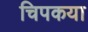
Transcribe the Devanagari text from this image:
चिपकया